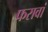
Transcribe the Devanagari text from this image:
फरावां